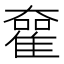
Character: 𡚊